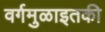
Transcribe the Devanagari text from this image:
वर्गमुळाइतकी